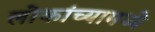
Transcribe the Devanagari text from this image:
लोकांच्यामध्ये